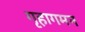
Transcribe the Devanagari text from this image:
गृहागमन